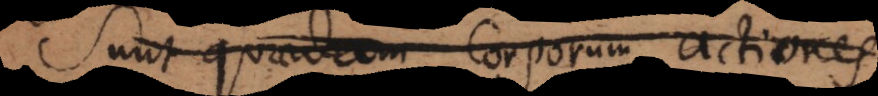
Sunt quaedam corporum actiones